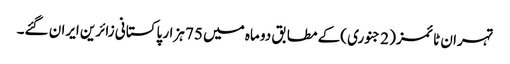
تہران ٹائمز ( 2 جنوری )کے مطابق دو ماہ میں 75 ہزار پاکستانی زائرین ایران گئے۔